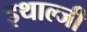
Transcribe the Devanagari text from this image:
इथाल्जी